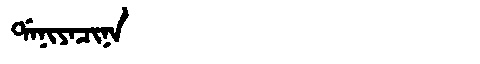
Manchu: ᡩᠠᠨᡳᠶᠠᠴᡳᠨᠠ
Romanization: DANIYACINA